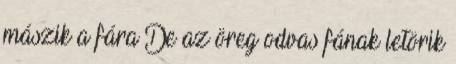
mászik a fára De az öreg odvas fának letörik